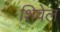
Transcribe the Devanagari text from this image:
शिवेल